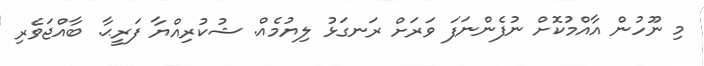
މި ނޫހުން އާއްމުކޮށް ނުފެންނަފަަ ވަރަށް ރަނގަޅު ލިޔުމެއް. ޝުކުރިއްޔާ ފަރީޙާ. ބާއްޖަވެރި